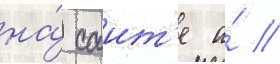
на́ саит'е а́ //